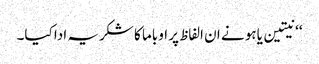
‘‘ نیتین یاہو نے ان الفاظ پر اوباما کا شکریہ ادا کیا۔